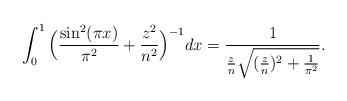
LaTeX: \begin{align*}\int_0^1 \Big(\frac{\sin^2(\pi x)}{\pi^2}+\frac{z^2}{n^2}\Big)^{-1}dx = \frac{1}{\frac{z}{n}\sqrt{(\frac{z}{n})^2+\frac{1}{\pi^2}}}.\end{align*}